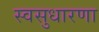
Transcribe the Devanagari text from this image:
स्वसुधारणा